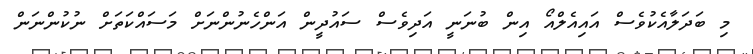
މި ބަދަލާއެކުވެސް އައިއެލްއޯ އިން ބުނަނީ އަދިވެސް ސައުދީން އަންހެނުންނަށް މަސައްކަތަށް ނުކުންނަން